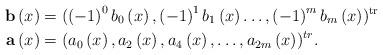
LaTeX: \begin{align*}\mathbf{b}\left( x\right) & =(\left( -1\right) ^{0}b_{0}\left(x\right) ,\left( -1\right) ^{1}b_{1}\left( x\right) \dots,\left(-1\right) ^{m}b_{m}\left( x\right) )^{\operatorname{tr}}\\\mathbf{a}\left( x\right) & =(a_{0}\left( x\right) ,a_{2}\left(x\right) ,a_{4}\left( x\right) ,\dots,a_{2m}\left( x\right) )^{tr}.\end{align*}